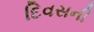
દિવસની